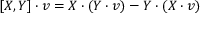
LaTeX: [ X , Y ] \cdot v = X \cdot ( Y \cdot v ) - Y \cdot ( X \cdot v )